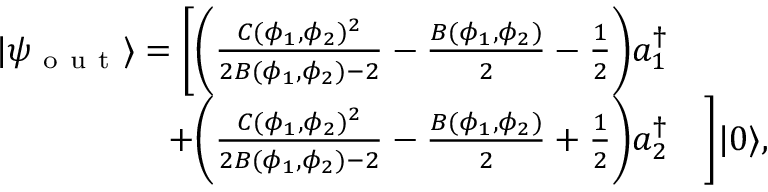
\begin{array} { r l } { | \psi _ { \mathrm { ~ o ~ u ~ t ~ } } \rangle = \bigg [ \bigg ( \frac { C ( \phi _ { 1 } , \phi _ { 2 } ) ^ { 2 } } { 2 B ( \phi _ { 1 } , \phi _ { 2 } ) - 2 } - \frac { B ( \phi _ { 1 } , \phi _ { 2 } ) } { 2 } - \frac 1 2 \bigg ) a _ { 1 } ^ { \dagger } } & { { } } \\ { + \bigg ( \frac { C ( \phi _ { 1 } , \phi _ { 2 } ) ^ { 2 } } { 2 B ( \phi _ { 1 } , \phi _ { 2 } ) - 2 } - \frac { B ( \phi _ { 1 } , \phi _ { 2 } ) } { 2 } + \frac 1 2 \bigg ) a _ { 2 } ^ { \dagger } } & { { } \bigg ] | 0 \rangle , } \end{array}